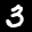
Label: 3